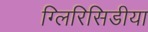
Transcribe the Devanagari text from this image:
ग्लिरिसिडीया